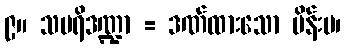
၉။ သပရိဒဏ္ဍာ = ဒဏ်ထားသော မိန်းမ၊